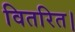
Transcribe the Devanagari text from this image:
वितरित।